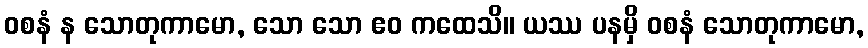
ဝစနံ န သောတုကာမော, သော သော ဧဝ ကထေသိ။ ယဿ ပနမှိ ဝစနံ သောတုကာမော,